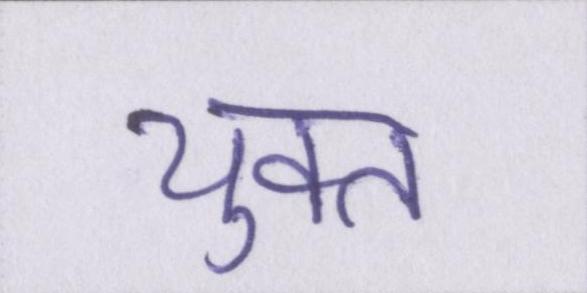
युक्त